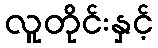
လူတိုင်းနှင့်